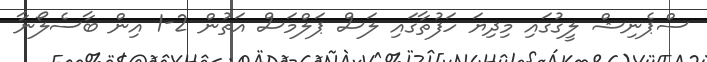
ސްޕެނިޝް ލީގުގައި މިދިޔަ ހަފުތާގައި ލަސް ޕަލްމަސް އަތުން 2-1 އިން ބާސެލޯނާ